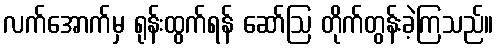
လက်အောက်မှ ရုန်းထွက်ရန် ဆော်ဩ တိုက်တွန်းခဲ့ကြသည်။